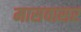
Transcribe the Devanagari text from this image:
मासवासर